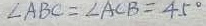
\angle A B C = \angle A C B = 4 5 ^ { \circ }